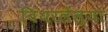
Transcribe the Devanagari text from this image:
बिथरलेल्या